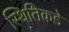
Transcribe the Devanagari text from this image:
स्थितिकडे